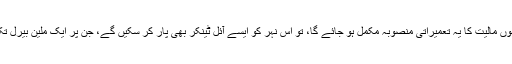
قریب پانچ سال بعد 2014 میں جب اربوں مالیت کا یہ تعمیراتی منصوبہ مکمل ہو جائے گا، تو اس نہر کو ایسے آئل ٹینکر بھی پار کر سکیں گے، جن پر ایک ملین بیرل تک خام تیل یا مائع گیس لدی ہوئی ہو گی۔